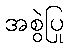
အစွဲပြု